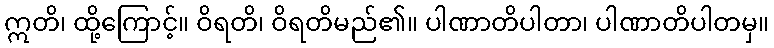
ဣတိ၊ ထို့ကြောင့်။ ဝိရတိ၊ ဝိရတိမည်၏။ ပါဏာတိပါတာ၊ ပါဏာတိပါတမှ။